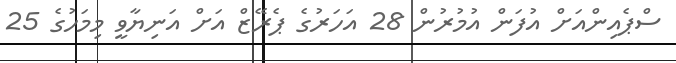
ސްޕެއިންއަށް އުފަން އުމުރުން 28 އަހަރުގެ ޕެރޭޒް އަށް އަނިޔާވީ މިމަހުގެ 25